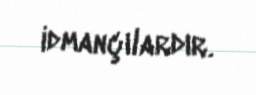
idmançılardır.